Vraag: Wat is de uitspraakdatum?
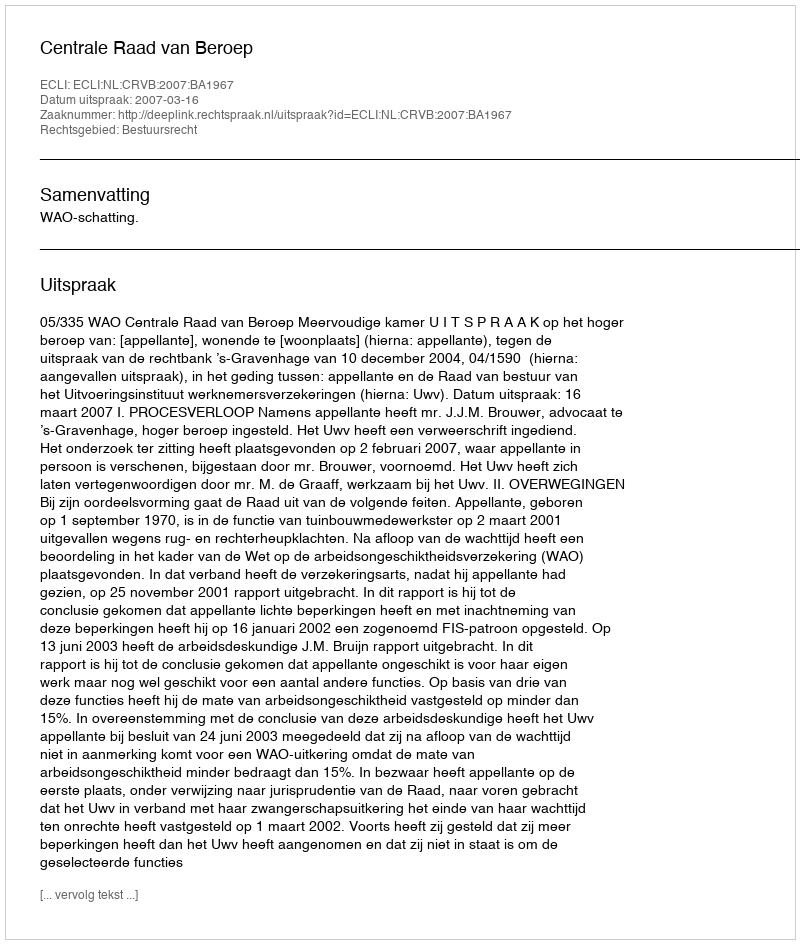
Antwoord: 2007-03-16